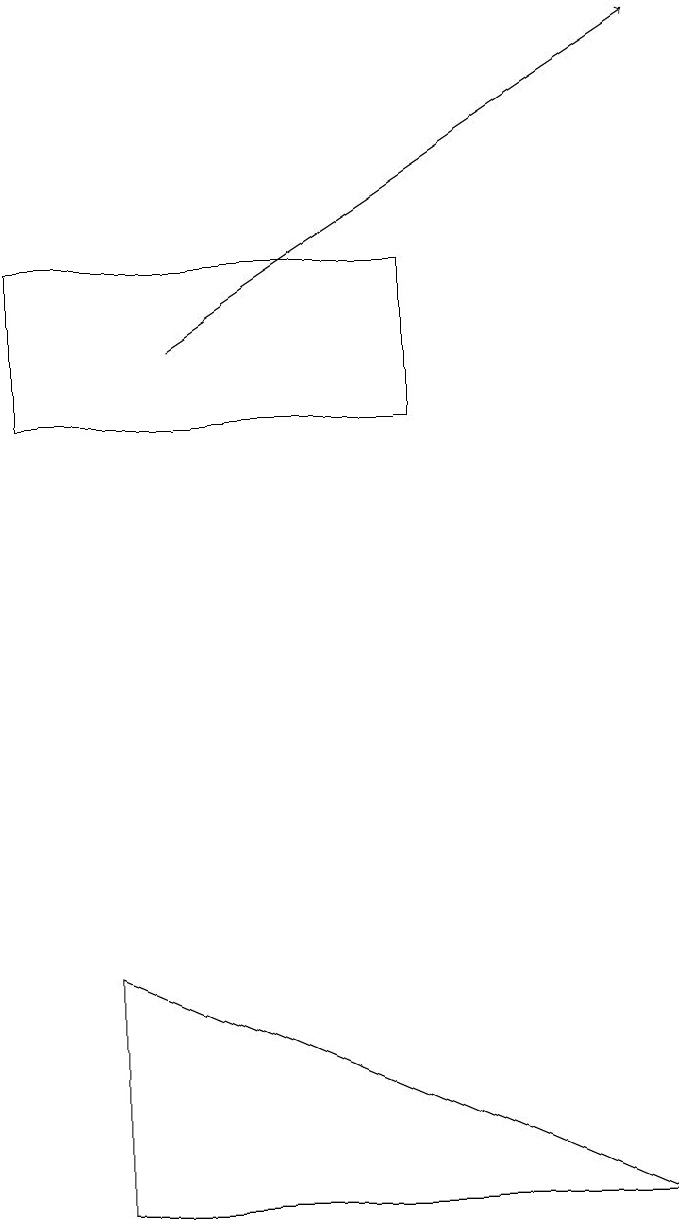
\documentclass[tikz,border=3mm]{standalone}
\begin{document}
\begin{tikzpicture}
\draw (8,0) -- (1,3) -- (1,0) -- cycle;
\draw[->] (2,11) -- (8,15);
\draw (5,10) rectangle (0,12);
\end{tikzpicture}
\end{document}